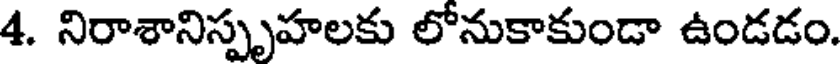
4. నిరాశానిస్పృహలకు లోనుకాకుండా ఉండడం.